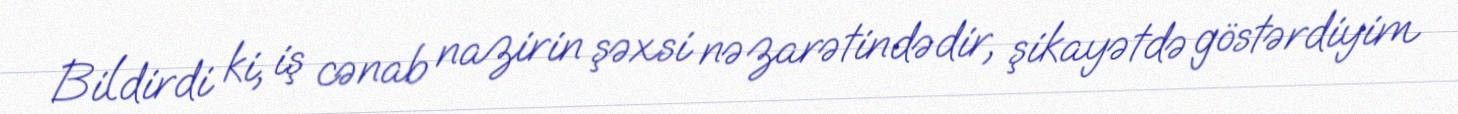
Bildirdi ki, iş cənab nazirin şəxsi nəzarətindədir, şikayətdə göstərdiyim